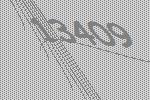
13409